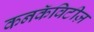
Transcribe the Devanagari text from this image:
कनकॅविटीज़